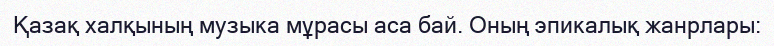
Қазақ халқының музыка мұрасы аса бай. Оның эпикалық жанрлары: